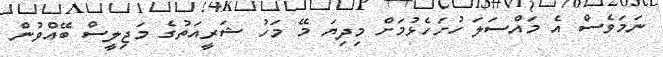
ނަމަވެސް އެ މައްސަލަ ހުށަހެޅުމަށް މިދިޔަ މޭ މަހު ޝަރީއަތުގެ މަޖިލީސް ބޭއްވުން